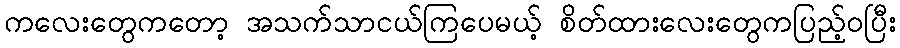
ကလေးတွေကတော့ အသက်သာငယ်ကြပေမယ့် စိတ်ထားလေးတွေကပြည့်ဝပြီး